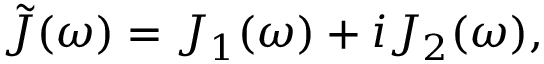
\tilde { J } ( \omega ) = J _ { 1 } ( \omega ) + i J _ { 2 } ( \omega ) ,